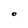
Character: O